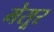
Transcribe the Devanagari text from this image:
मेसूर